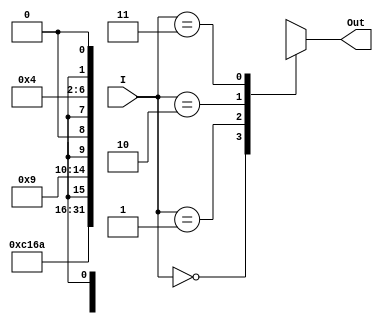
`timescale 1ns / 1ps
//////////////////////////////////////////////////////////////////////////////////
// Company: 
// Engineer: 
// 
// Design Name: 
// Module Name:    control 
// Project Name: 
// Target Devices: 
// Tool versions: 
// Description: 
//
// Dependencies: 
//
// Revision: 
// Revision 0.01 - File Created
// Additional Comments: 
//
//////////////////////////////////////////////////////////////////////////////////
module control(
	input [1:0] I,
	output [7:0] Out);
	
	reg [7:0] O;
	assign Out = O;
	
	always@(I)
		begin
			case(I)
				2'b00 : O <= 8'b11000001;
				2'b01 : O <= 8'b01101010;
				2'b10 : O <= 8'bx01001x0;
				2'b11 : O <= 8'bx00100x0;
			endcase
		end

	
	


endmodule